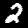
Digit: 2